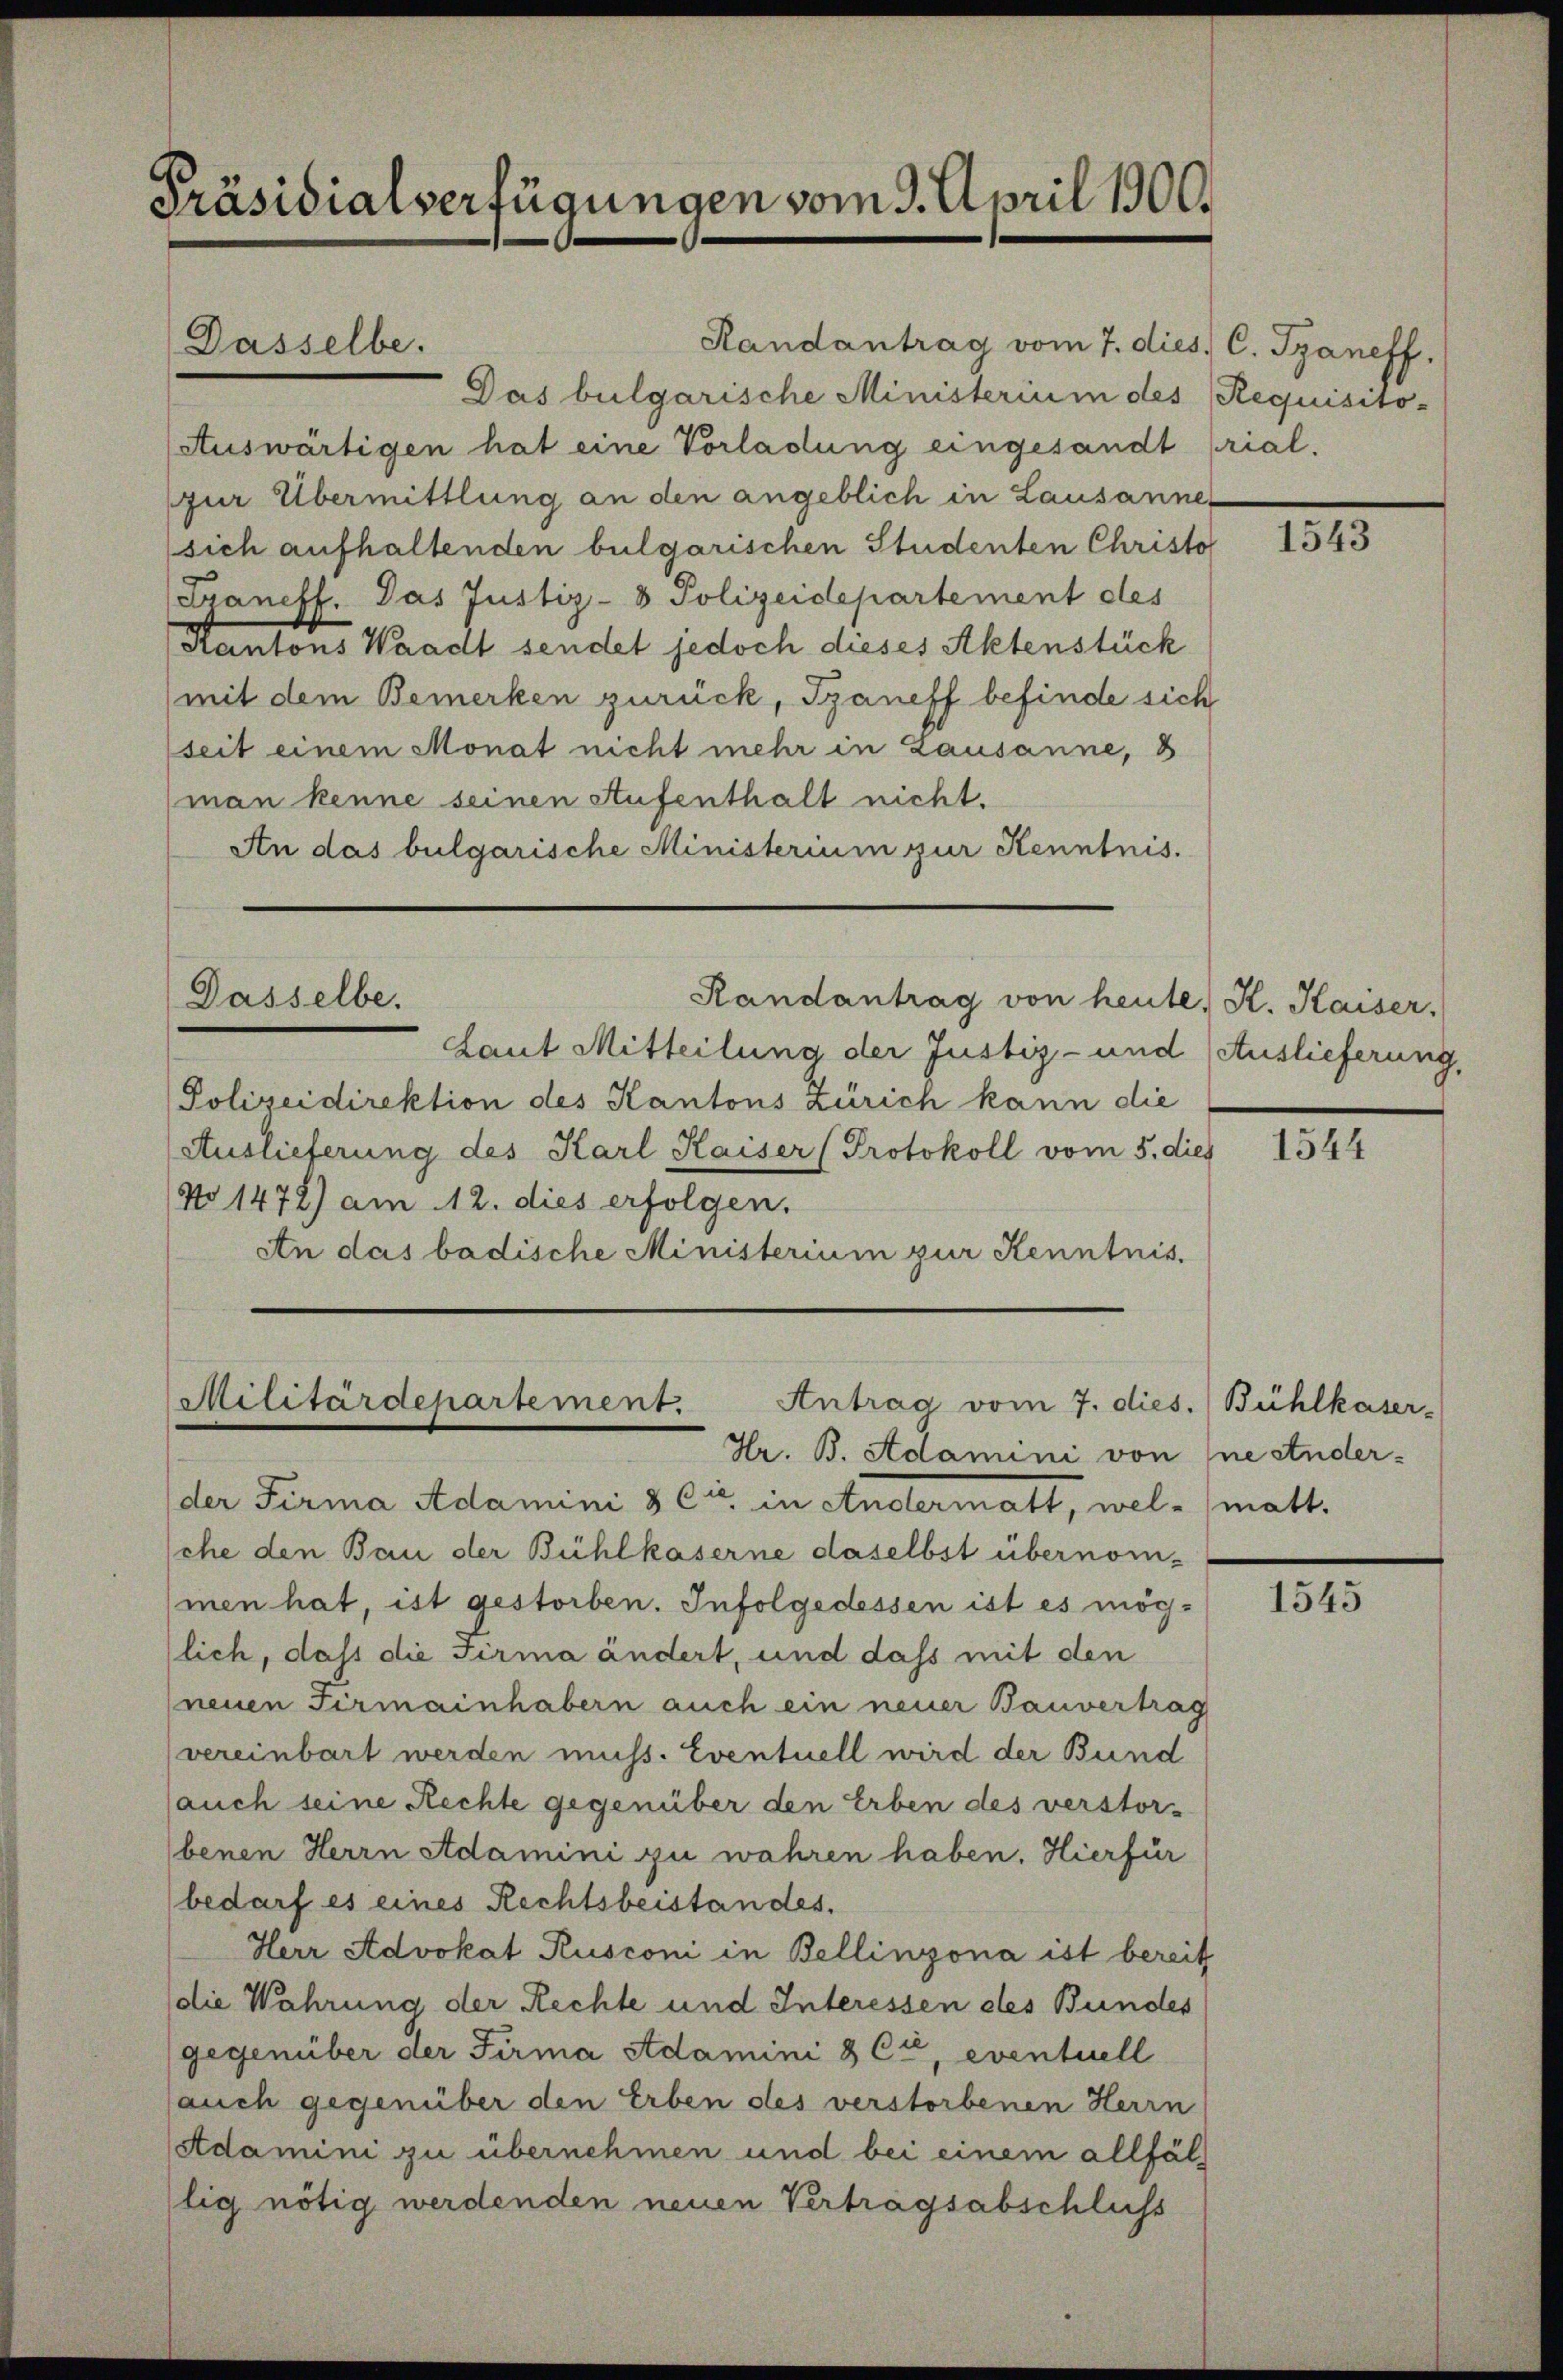
Präsidialverfügungen vom 9. April 1906.

Randantrag vom 7. dies C. Szaneff,
Das bulgarische Ministerium des Requisito-
Auswärtigen hat eine Vorladung eingesandt (rial.
fur Übermittlung an den angeblich in Lausanne
sich aufhaltenden bulgarischen Studenten Christo
Syaneff. Das Justiz-8 Polizeidepartement des
Kantons Waadt sendet jedoch dieses Aktenstück
(mit dem Bemerken zurück, Szaneff befinde sich
seit einem Monat nicht mehr in Lausanne, 3
(man kenne seinen Aufenthalt nicht.
An das bulgarische Ministerium zur Kenntnis.

Dasselbe.

Dasselbe.

Randantrag von heute, K. Kaiser,

Laut Mitteilung der Justiz- und Auslieferung,
Polizeidirektion des Kantons Zürich kann die
Auslieferung des Karl Kaiser Protokoll vom 5. dies 1544
No 1472) am 12. dies erfolgen.
An das badische Ministerium zur Kenntnis

Militärdepartement.
Antrag vom 7. dies. (Bühlkaser-
Hr. B. Adamini von ne studer¬

der Firma Adamini & Cie in Andermatt, welmatt.
sche den Bau der Bühlkaserne daselbst übernom-
men hat, ist gestorben. Infolgedessen ist es möch-
lich, daß die Firma ändert, und dass mit den
neuen Firmainhabern auch ein neuer Bauvertrag
(vereinbart werden muss. Eventuell wird der Bund
(auch seine Rechte gegenüber den Erben des verstor-
benen Herrn Adamini zu wahren haben. Hierfür
bedarf es eines Rechtsbeistandes.
Herr Advokat Rusconi in Bellinzona ist bereit
(die Wahrung der Rechte und Interessen des Bundes
gegenüber der Firma Adamini & Cie, eventuell
auch gegenüber den Erben des verstorbenen Herrn
Adamini zu übernehmen und bei einem allfällig nötig werdenden neuen Vertragsabschluss

1543

1545